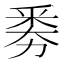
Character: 𠢏